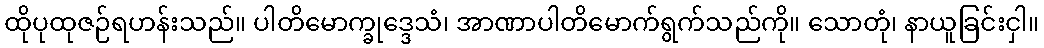
ထိုပုထုဇဉ်ရဟန်းသည်။ ပါတိမောက္ခုဒ္ဒေသံ၊ အာဏာပါတိမောက်ရွက်သည်ကို။ သောတုံ၊ နာယူခြင်းငှါ။